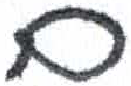
אות: ם